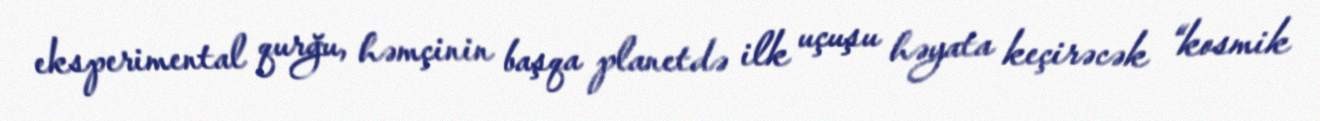
eksperimental qurğu, həmçinin başqa planetdə ilk uçuşu həyata keçirəcək “kosmik